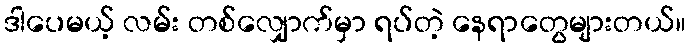
ဒါပေမယ့် လမ်း တစ်လျှောက်မှာ ရပ်တဲ့ နေရာတွေများတယ်။